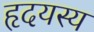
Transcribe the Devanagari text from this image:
हृदयस्य